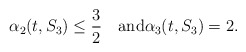
\begin{align*}\alpha_2(t,S_3) \leq \frac{3}{2}\quad\textrm{and}\alpha_3(t,S_3) = 2.\end{align*}